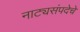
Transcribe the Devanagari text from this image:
नाट्यसंपदेचे